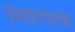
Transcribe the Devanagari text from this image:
मिठागराचे